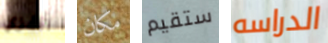
اقفزي مكان ستقيم الدراسه